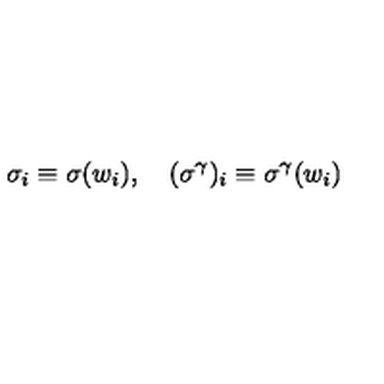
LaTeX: \sigma _ { i } \equiv \sigma ( w _ { i } ) , \quad ( \sigma ^ { \gamma } ) _ { i } \equiv \sigma ^ { \gamma } ( w _ { i } )